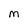
Character: M